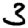
Digit: 3